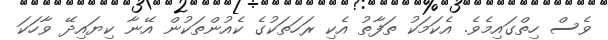
ވެސް ހިތްގައިމެވެ. އެކަމަކު ތަފާތު އެކި ރަހަތަކުގެ ކެއުންތަކުން އޭނާ ކިޔައިދޭ ވާހަކަ